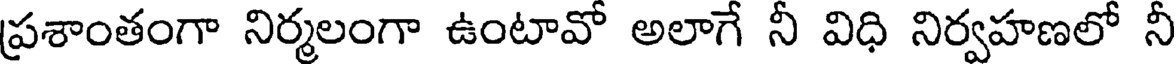
ప్రశాంతంగా నిర్మలంగా ఉంటావో అలాగే నీ విధి నిర్వహణలో నీ